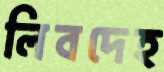
লিবদেহ